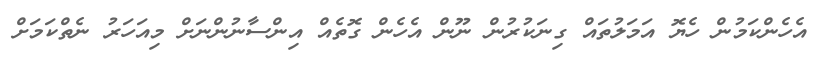
އެހެންކަމުން ހެޔޮ އަމަލުތައް ގިނަކުރުން ނޫން އެހެން ގޮތެއް އިންސާނުންނަށް މިއަހަރު ނެތްކަމަށް